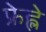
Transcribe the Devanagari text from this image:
फ्रेह्ले